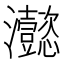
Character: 𤅮